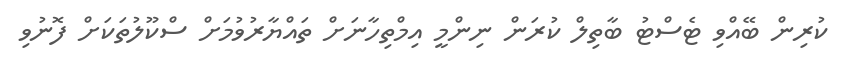
ކުރިން ބޭއްވި ޓެސްޓު ބާތިލް ކުރަން ނިންމީ އިމްތިހާނަށް ތައްޔާރުވުމަށް ސްކޫލުތަކަށް ފޮނުވި